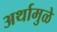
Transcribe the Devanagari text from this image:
अर्थामुळे